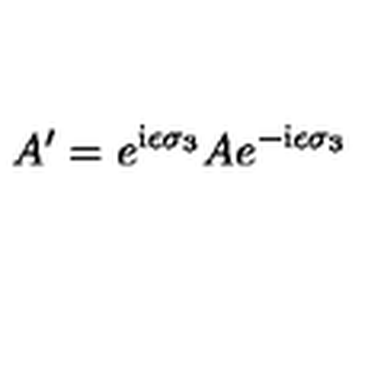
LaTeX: A ^ { \prime } = e ^ { \mathrm { i } \epsilon \sigma _ { 3 } } A e ^ { - \mathrm { i } \epsilon \sigma _ { 3 } }